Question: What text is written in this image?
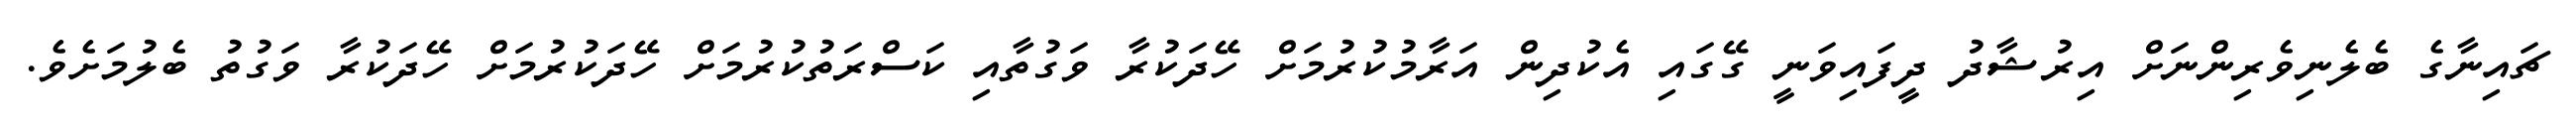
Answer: ޗައިނާގެ ބެލެނިވެރިންނަށް އިރުޝާދު ދީފައިވަނީ ގޭގައި އެކުދިން އަރާމުކުރުމަށް ހޭދަކުރާ ވަގުތާއި ކަސްރަތުކުރުމަށް ހޭދަކުރުމަށް ހޭދަކުރާ ވަގުތު ބެލުމަށެވެ.